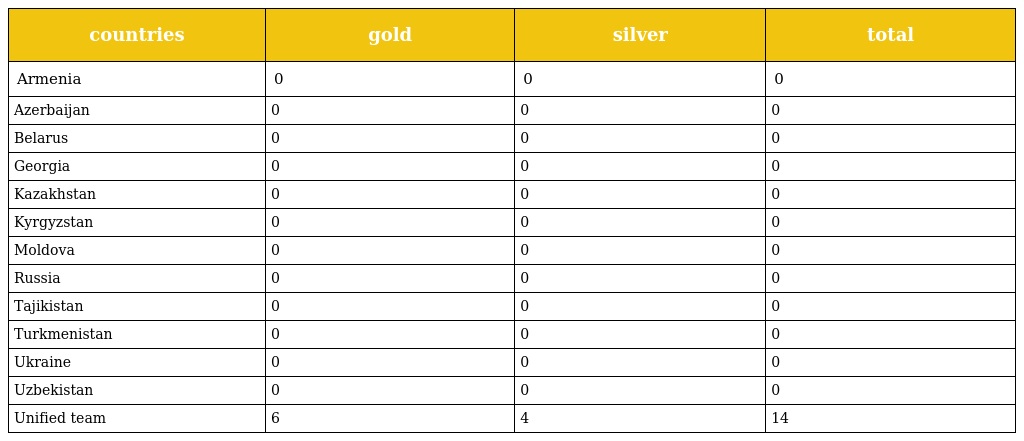
| countries | gold | silver | total |
 | --- | --- | --- | --- |
 | Armenia | 0 | 0 | 0 |
 | Azerbaijan | 0 | 0 | 0 |
 | Belarus | 0 | 0 | 0 |
 | Georgia | 0 | 0 | 0 |
 | Kazakhstan | 0 | 0 | 0 |
 | Kyrgyzstan | 0 | 0 | 0 |
 | Moldova | 0 | 0 | 0 |
 | Russia | 0 | 0 | 0 |
 | Tajikistan | 0 | 0 | 0 |
 | Turkmenistan | 0 | 0 | 0 |
 | Ukraine | 0 | 0 | 0 |
 | Uzbekistan | 0 | 0 | 0 |
 | Unified team | 6 | 4 | 14 |